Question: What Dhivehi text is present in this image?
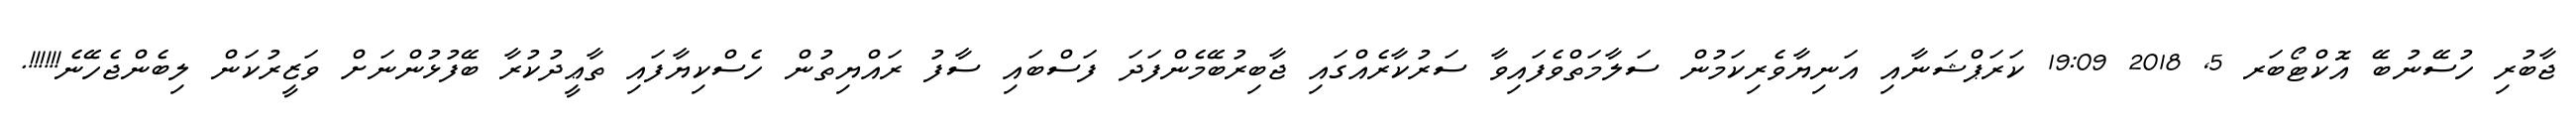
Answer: ޖާބުރި ހުސޭނުބޭ އޮކްޓޯބަރ 5, 2018 19:09 ކަރަޕްޝަނާއި އަނިޔާވެރިކަމުން ސަލާމަތްވެފައިވާ ސަރުކާރެއްގައި ޖާބިރުބޭމެންފަދަ ފަސްބައި ސާފު ރައްޔިތުން ހެސްކިޔާފައި ތާޢީދުކުރާ ބޭފުޅުންނަށް ވަޒީރުކަން ލިބެންޖެހޭނެ!!!!!!.